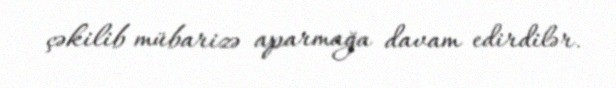
çəkilib mübarizə aparmağa davam edirdilər.